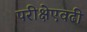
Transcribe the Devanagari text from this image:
परीक्षेएवढी